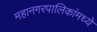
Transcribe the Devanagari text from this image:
महानगरपालिकांमध्ये